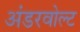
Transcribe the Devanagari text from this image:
अंडरवोल्ट